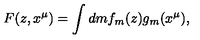
F ( z , x ^ { \mu } ) = \int d m f _ { m } ( z ) g _ { m } ( x ^ { \mu } ) ,